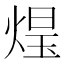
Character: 𭵑